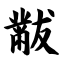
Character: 黻